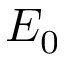
E _ { 0 }